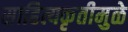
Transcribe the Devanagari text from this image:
साहित्यकृतीमुळे